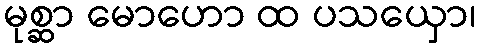
မုစ္ဆာ မောဟော ထ ပသယှော၊